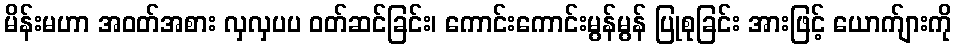
မိန်းမဟာ အဝတ်အစား လှလှပပ ဝတ်ဆင်ခြင်း၊ ကောင်းကောင်းမွန်မွန် ပြုစုခြင်း အားဖြင့် ယောက်ျားကို